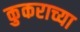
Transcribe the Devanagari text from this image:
कुकराच्या